Vital statistics of India. Vol. IV, Annual returns from 1871 to 1876. British Army of India, Native Army and jails of Bengal
Year: 1871
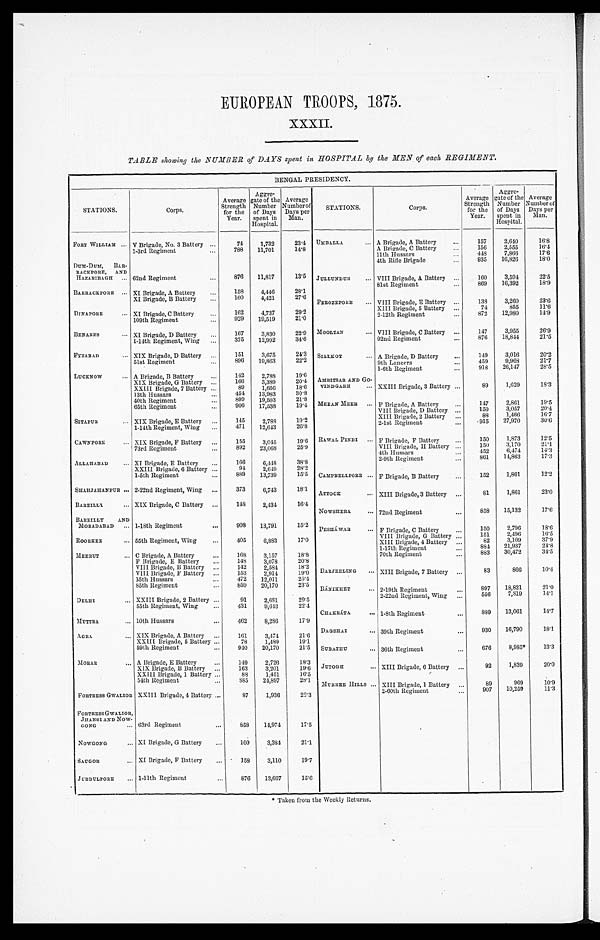
EUROPEAN TROOPS, 1875.
XXXII.
TABLE showing the NUMBER of DAYS spent in HOSPITAL by the MEN of each REGIMENT.
BENGAL PRESIDENCY.
STATIONS.
Corps.
Average
Strength
for the
Year.
Aggre-
gate of the
Number
of Days
spent in
Hospital.
Average
Number of
Days per
Man.
STATIONS.
Corps.
Average
Strength for the
Year.
Aggre-
gate of the
Number
of Days
spent in
Hospital.
Average
Number of
Days per
Man.
FORT WILLIAM ... V Brigade, No. 3 Battery ...
74 1,732
23.4 UMBALLA. ... A Brigade, A Battery
...
157
2,640
16.8
A Brigade, C Battery
. . . 156 2,555
16.4
1-3rd Regiment
...
788 11,701
14.8
11th Hussars
14S
7,808
17'6
DUM-DUM, BAR-
62nd Regiment
876 11,817
13.5 JULLUNDUR ...
4th Rifle Brigade
...
935 16,826
18.0
RACK PORE, AND
VIII Brigade, A Battery ...
160
3,594
22.5
HAZARIBAGH...
81st Regiment
869 16,392
18.9
BARRACKPORE ... XI Brigade, A Battery ...
158
4,446
28.1
FEROZEPORE ...
XI Brigade, B Battery ...
160 4,421
27.6
VIII Brigade, E Battery ...
138
3,260
23.6
XIII Brigade,5 Battery . . .
74
855
11.6
DINAPORE ... XI Brigade, C Battery
162 4,737
29.2
2.12th Regiment
...
872 12,980
14.9
109th Regiment
...
929 19,519
21.0
BENARES ... XI Brigade, D Battery
167
3,830
22.9 MOOLTAN
... VIII Brigade, C Battery ...
147
3,955
26.9
1-14th Regiment, Wing ...
375 12,992
34.6
92nd Regiment
. . . 876 18,844
21.5
FYZABAD ... XIX Brigade, D Battery ...
151
3,675
24.3 S I A L K O T . . .
A Brigade, D Battery ...
149 3,016
2 0 . 2
51 st Regiment 896 16,863
2 2 . 2
9th Lancers
...
459
9,968
21.7
LUCKNOW
...
1-6th Regiment
...
918 26,147
28.5
A Brigade, B Battery
...
142 2,788
19.6 AMRITSAR AND Go- XXIII Brigade, 3 Battery ...
89
1,629
18.3
XIX Brigade, G Battery ...
166
3,389
20.4
XXIII Brigade, 7 Battery ...
13th Hussars
...
89
454 1,656
13,983
18.6
30.8
VINDGARH ...
40th Regiment ...
899 19,593
21.8 MEEAN MEER ...
65th Regiment...
9 0 6 17,538
19.4
F Brigade, A Battery
. . . 147
2,861
19.5
VIII Brigade, D Battery ...
20.4
150
3,057
SITAPUR
... XIX Brigade, E Battery ...
145
2,788
19.2
XIII Brigade, 2 Battery ...
88
1,466
16.7
27,970
30.6
2-1st Regiment
. . .
. 9 1 5
26.8
1-14th Regiment, Wing ... 471 12,643
CAWNPORE
... XIX Brigade, F Battery ...
155 3,045
19.6 RAWAL PINDI ... F Brigade, F Battery ...
150
1,873
12.5
73rd Regiment...
23,068
25.9
VIII Brigade, H Battery ...
150 3,170
21.1
452 6,474
14.3
4th Hussars
...
ALLAHABAD ... XI Brigade , E Battery ...
166
6,448
38.8
2-9th Regiment
...
861 14,863
17.3
XXIII Brigade, 6 Battery ...
94 2,649
28.2
CAMPBELLPORE ...
1-5th Regiment
...
889 13,739
15.5
F Brigade, B Battery
...
152 1,861
12.2
SHAHJAHANPUR ... 2-22nd Regiment, Wing ...
373 6,743
18.1 ATTOCK ... XIII Brigade, 3 Battery
72nd Regiment
F Brigade, C Battery
...
. . .
81
858
150
1,861
15,132
2,796
23.0
17.6
18.6
BAREILLY ... XIX Brigade, C Battery ...
148 2,434
16.4 NOWSHERA. ...
BAREILLY AND
MORADABAD ... l-18th Regiment ... 908 13,791
15.2 PESHÁWAR
...
ROORKEE
... 55th Regiment, Wing
... 405 6,883
17.0
VIII Brigade,G Battery . . . 151
2 . 4 9 6
16.5
37.9
XIII Brigade, 4 Battery ...
82
3,109
MEERUT
... C Brigade, A Battery
...
168
3,157
18.8
1-17th Regiment
. . . 884 21,937
24.8
30,472
34.5
70th Regiment
. . . 883
F Brigade, E Battery ...
148 3,078
20.8
DARJEELING ... XIII Brigade, 7 Battery ...
83
8 6 6
10.4
VIII Brigade, B Battery ...
142
2,584
18.2
VIII Brigade, F Battery ...
153
2,914
19.0
1-5th Hussars ...
472 12,011
25.4
85th Regiment
... 859 20,170
23.5 RÁNIKHET
... 2-19th Regiment
. . . 897 18,821
21.0
DELHI
... XXIII Brigade, 2 Battery ...
91
2,681
29.5
2-22nd Regiment, Wing ...
556
7,819
14.1
55th Regiment, Wing ...
431
9,643
22.4 CHAKRÁTA. ... 1-8th Regiment
...
889 13,061
14.7
MUTTRA ... 10th Hussars
...
462
8,286
17.9
DAGSHAI
... 39th Regiment
...
930 16,790
18.1
3,474
21.6
XIX Brigade, A Battery ...
161
AGRA
... XXIII Brigade, 5 Battery ...
78
1,489
19.1
59th Regiment
... 940 20,170
21.5 SUBATHU ... 36th Regiment
...
676 8,985*
13.3
MORAR ... A Brigade, E Battery
...
XIX Brigade, B Battery ...
149 163
2,726 3,201
18.3
19.6 JUTOGH ... XIII Brigade, 6 Battery ...
92
1,839
20.0
XXIII Brigade, 1 Battery ...
88
1,451
16.5
MURREE HILLS ... XIII Brigade, 1 Battery ...
89
969
1 0 . 9
54th Regiment ...
8 8 5 24,897
28.1
FORTRESS GWALIOR XXIII Brigade, 4 Battery ...
87
1,936
22.3
2-60th Regimen
. . . 907 10,259
11.3
FORTRESSGWALIOR,
63rd Regiment
...
858 14,974
17.5
JHANSI AND Now-
GONG
...
NOWGONG
... XI Brigade, G Battery ...
160
3,384
21.1
SAUGOR ... XI Brigade, F Battery ...
158 3,110
19.7
JUBBULPORE ... 1-11th Regiment
...
876 13,667
15.6
* Taken from the Weekly Returns.